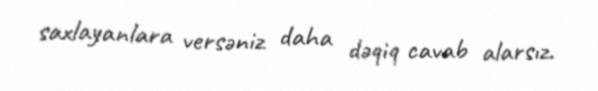
saxlayanlara versəniz daha dəqiq cavab alarsız.